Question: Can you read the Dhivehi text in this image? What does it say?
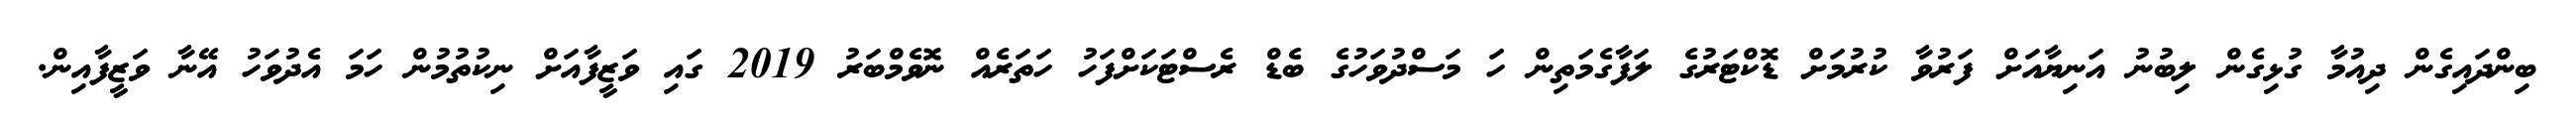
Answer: ބިންދައިގެން ދިއުމާ ގުޅިގެން ލިބުނު އަނިޔާއަށް ފަރުވާ ކުރުމަށް ޑޮކްޓަރުގެ ލަފާގެމަތިން ހަ މަސްދުވަހުގެ ބެޑް ރެސްޓަކަށްފަހު ހަތަރެއް ނޮވެމްބަރު 2019 ގައި ވަޒީފާއަށް ނިކުތުމުން ހަމަ އެދުވަހު އޭނާ ވަޒީފާއިން.